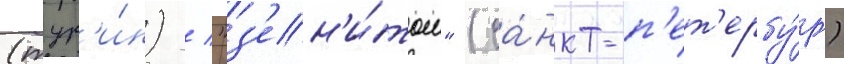
(тур'и́н) / "з'ен'и́том" (са́нкт-п'ет'ербу́рг)